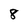
Character: 8